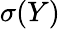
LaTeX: \sigma(Y)